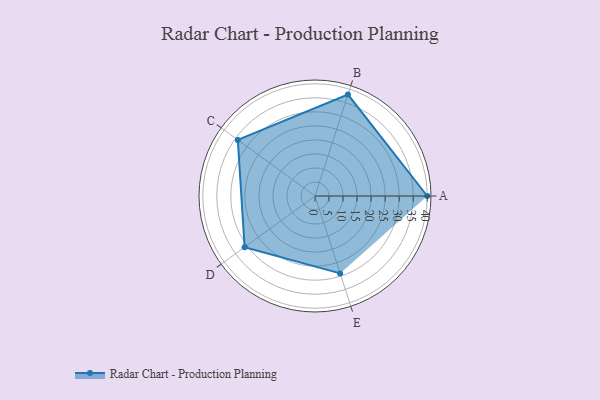
{"axis": {"x": "Skill", "y": "Score"}, "legend": ["Profile"], "data": [{"x": "A", "y": 40.0, "type": "Profile"}, {"x": "B", "y": 38.0, "type": "Profile"}, {"x": "C", "y": 34.0, "type": "Profile"}, {"x": "D", "y": 31.0, "type": "Profile"}, {"x": "E", "y": 29.0, "type": "Profile"}]}